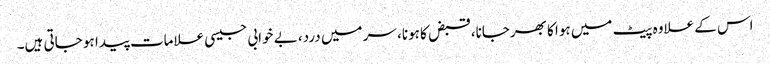
اس کے علاوہ پیٹ میں ہوا کا بھرجانا، قبض کا ہونا، سر میں درد، بے خوابی جیسی علامات پیدا ہو جاتی ہیں۔